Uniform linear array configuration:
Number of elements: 24
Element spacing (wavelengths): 0.75
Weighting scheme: binomial
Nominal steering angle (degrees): -30
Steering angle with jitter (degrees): -29.934
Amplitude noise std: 0.05
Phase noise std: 0.05

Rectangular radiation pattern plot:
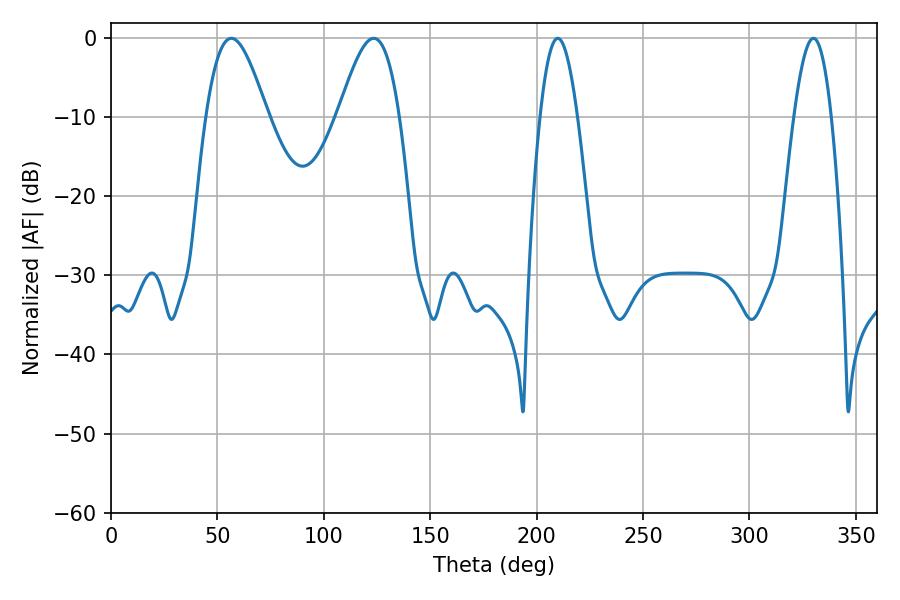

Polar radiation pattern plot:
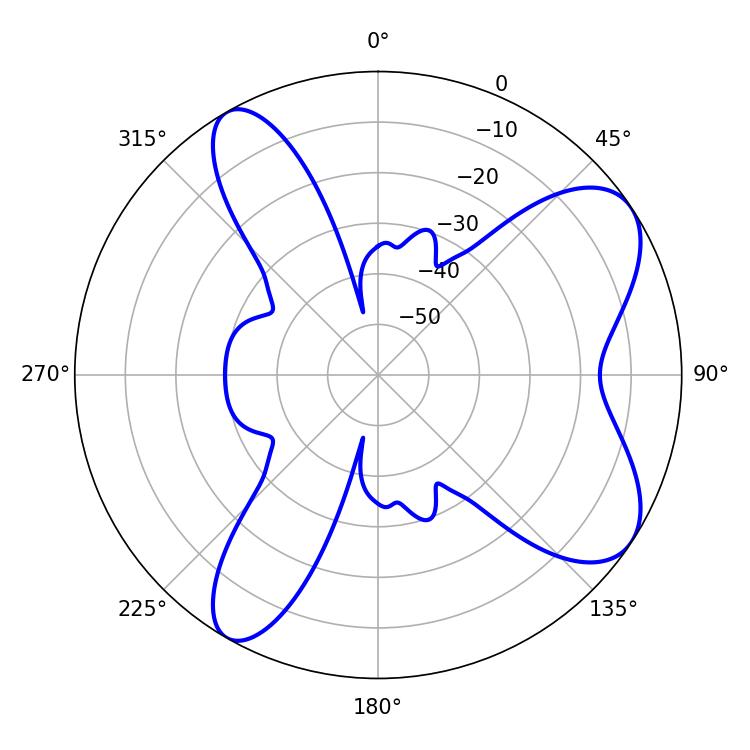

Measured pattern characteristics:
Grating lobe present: TRUE
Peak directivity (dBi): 7.819
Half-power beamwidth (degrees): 15.3
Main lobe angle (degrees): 56.52